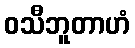
ဝသီဘူတာဟံ